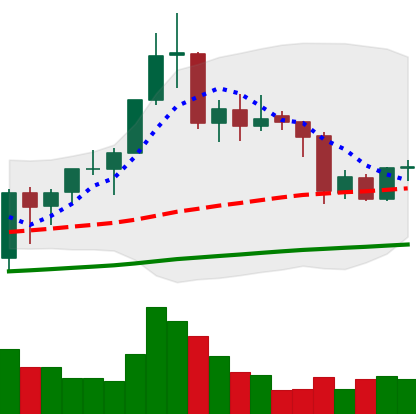
Ticker: BNB-USD
Chart end date: 2020-09-25
Forward return: 18.763%
Label: up_7plus